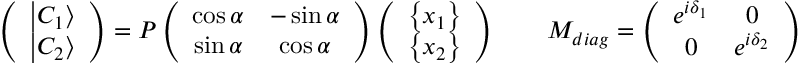
\left( \begin{array} { c } { { \left| C _ { 1 } \right\rangle } } \\ { { \left| C _ { 2 } \right\rangle } } \end{array} \right) = P \left( \begin{array} { c c } { { \cos \alpha } } & { { - \sin \alpha } } \\ { { \sin \alpha } } & { { \cos \alpha } } \end{array} \right) \left( \begin{array} { c } { { \left\{ x _ { 1 } \right\} } } \\ { { \left\{ x _ { 2 } \right\} } } \end{array} \right) \qquad M _ { d i a g } = \left( \begin{array} { c c } { { e ^ { i \delta _ { 1 } } } } & { { 0 } } \\ { { 0 } } & { { e ^ { i \delta _ { 2 } } } } \end{array} \right)